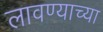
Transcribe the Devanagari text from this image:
लावण्‍याच्‍या